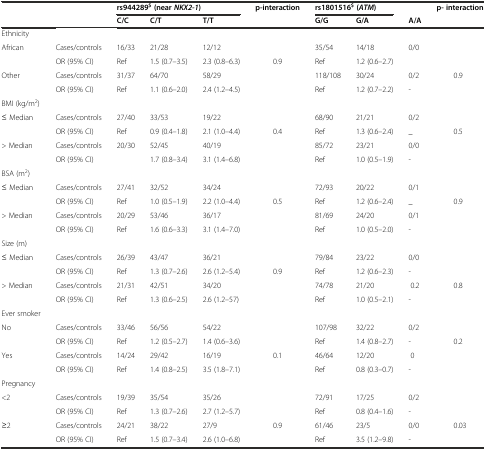
<table><thead><tr><td rowspan="2">[EMPTY_CELL]</td><td rowspan="2">[EMPTY_CELL]</td><td colspan="3"><b>rs944289<sup>$</sup>(near<i>NKX2-1</i>)</b></td><td><b>p-interaction</b></td><td colspan="2"><b>rs1801516<sup>$</sup>(<i>ATM</i>)</b></td><td>[EMPTY_CELL]</td><td><b>p- interaction</b></td></tr><tr><td><b>C/C</b></td><td><b>C/T</b></td><td><b>T/T</b></td><td>[EMPTY_CELL]</td><td><b>G/G</b></td><td><b>G/A</b></td><td><b>A/A</b></td><td>[EMPTY_CELL]</td></tr></thead><tbody><tr><td>Ethnicity</td><td>[EMPTY_CELL]</td><td>[EMPTY_CELL]</td><td>[EMPTY_CELL]</td><td>[EMPTY_CELL]</td><td>[EMPTY_CELL]</td><td>[EMPTY_CELL]</td><td>[EMPTY_CELL]</td><td>[EMPTY_CELL]</td><td>[EMPTY_CELL]</td></tr><tr><td>African</td><td>Cases/controls</td><td>16/33</td><td>21/28</td><td>12/12</td><td>[EMPTY_CELL]</td><td>35/54</td><td>14/18</td><td>0/0</td><td>[EMPTY_CELL]</td></tr><tr><td>[EMPTY_CELL]</td><td>OR (95% CI)</td><td>Ref</td><td>1.5 (0.7–3.5)</td><td>2.3 (0.8–6.3)</td><td>0.9</td><td>Ref</td><td>1.2 (0.6–2.7)</td><td>[EMPTY_CELL]</td><td>[EMPTY_CELL]</td></tr><tr><td>Other</td><td>Cases/controls</td><td>31/37</td><td>64/70</td><td>58/29</td><td>[EMPTY_CELL]</td><td>118/108</td><td>30/24</td><td>0/2</td><td>0.9</td></tr><tr><td>[EMPTY_CELL]</td><td>OR (95% CI)</td><td>Ref</td><td>1.1 (0.6–2.0)</td><td>2.4 (1.2–4.5)</td><td>[EMPTY_CELL]</td><td>Ref</td><td>1.2 (0.7–2.2)</td><td>-</td><td>[EMPTY_CELL]</td></tr><tr><td>BMI (kg/m<sup>2</sup>)</td><td>[EMPTY_CELL]</td><td>[EMPTY_CELL]</td><td>[EMPTY_CELL]</td><td>[EMPTY_CELL]</td><td>[EMPTY_CELL]</td><td>[EMPTY_CELL]</td><td>[EMPTY_CELL]</td><td>[EMPTY_CELL]</td><td>[EMPTY_CELL]</td></tr><tr><td>≤ Median</td><td>Cases/controls</td><td>27/40</td><td>33/53</td><td>19/22</td><td>[EMPTY_CELL]</td><td>68/90</td><td>21/21</td><td>0/2</td><td>[EMPTY_CELL]</td></tr><tr><td>[EMPTY_CELL]</td><td>OR (95% CI)</td><td>Ref</td><td>0.9 (0.4–1.8)</td><td>2.1 (1.0–4.4)</td><td>0.4</td><td>Ref</td><td>1.3 (0.6–2.4)</td><td>_</td><td>0.5</td></tr><tr><td>&gt; Median</td><td>Cases/controls</td><td>20/30</td><td>52/45</td><td>40/19</td><td>[EMPTY_CELL]</td><td>85/72</td><td>23/21</td><td>0/0</td><td>[EMPTY_CELL]</td></tr><tr><td>[EMPTY_CELL]</td><td>OR (95% CI)</td><td>[EMPTY_CELL]</td><td>1.7 (0.8–3.4)</td><td>3.1 (1.4–6.8)</td><td>[EMPTY_CELL]</td><td>Ref</td><td>1.0 (0.5–1.9)</td><td>-</td><td>[EMPTY_CELL]</td></tr><tr><td>BSA (m<sup>2</sup>)</td><td>[EMPTY_CELL]</td><td>[EMPTY_CELL]</td><td>[EMPTY_CELL]</td><td>[EMPTY_CELL]</td><td>[EMPTY_CELL]</td><td>[EMPTY_CELL]</td><td>[EMPTY_CELL]</td><td>[EMPTY_CELL]</td><td>[EMPTY_CELL]</td></tr><tr><td>≤ Median</td><td>Cases/controls</td><td>27/41</td><td>32/52</td><td>34/24</td><td>[EMPTY_CELL]</td><td>72/93</td><td>20/22</td><td>0/1</td><td>[EMPTY_CELL]</td></tr><tr><td>[EMPTY_CELL]</td><td>OR (95% CI)</td><td>Ref</td><td>1.0 (0.5–1.9)</td><td>2.2 (1.0–4.4)</td><td>0.5</td><td>Ref</td><td>1.2 (0.6–2.4)</td><td>_</td><td>0.9</td></tr><tr><td>&gt; Median</td><td>Cases/controls</td><td>20/29</td><td>53/46</td><td>36/17</td><td>[EMPTY_CELL]</td><td>81/69</td><td>24/20</td><td>0/1</td><td>[EMPTY_CELL]</td></tr><tr><td>[EMPTY_CELL]</td><td>OR (95% CI)</td><td>Ref</td><td>1.6 (0.6–3.3)</td><td>3.1 (1.4–7.0)</td><td>[EMPTY_CELL]</td><td>Ref</td><td>1.0 (0.5–2.0)</td><td>-</td><td>[EMPTY_CELL]</td></tr><tr><td>Size (m)</td><td>[EMPTY_CELL]</td><td>[EMPTY_CELL]</td><td>[EMPTY_CELL]</td><td>[EMPTY_CELL]</td><td>[EMPTY_CELL]</td><td>[EMPTY_CELL]</td><td>[EMPTY_CELL]</td><td>[EMPTY_CELL]</td><td>[EMPTY_CELL]</td></tr><tr><td>≤ Median</td><td>Cases/controls</td><td>26/39</td><td>43/47</td><td>36/21</td><td>[EMPTY_CELL]</td><td>79/84</td><td>23/22</td><td>0/0</td><td>[EMPTY_CELL]</td></tr><tr><td>[EMPTY_CELL]</td><td>OR (95% CI)</td><td>Ref</td><td>1.3 (0.7–2.6)</td><td>2.6 (1.2–5.4)</td><td>0.9</td><td>Ref</td><td>1.2 (0.6–2.3)</td><td>-</td><td>[EMPTY_CELL]</td></tr><tr><td>&gt; Median</td><td>Cases/controls</td><td>21/31</td><td>42/51</td><td>34/20</td><td>[EMPTY_CELL]</td><td>74/78</td><td>21/20</td><td>0.2</td><td>0.8</td></tr><tr><td>[EMPTY_CELL]</td><td>OR (95% CI)</td><td>Ref</td><td>1.3 (0.6–2.5)</td><td>2.6 (1.2–57)</td><td>[EMPTY_CELL]</td><td>Ref</td><td>1.0 (0.5–2.1)</td><td>-</td><td>[EMPTY_CELL]</td></tr><tr><td>Ever smoker</td><td>[EMPTY_CELL]</td><td>[EMPTY_CELL]</td><td>[EMPTY_CELL]</td><td>[EMPTY_CELL]</td><td>[EMPTY_CELL]</td><td>[EMPTY_CELL]</td><td>[EMPTY_CELL]</td><td>[EMPTY_CELL]</td><td>[EMPTY_CELL]</td></tr><tr><td>No</td><td>Cases/controls</td><td>33/46</td><td>56/56</td><td>54/22</td><td>[EMPTY_CELL]</td><td>107/98</td><td>32/22</td><td>0/2</td><td>[EMPTY_CELL]</td></tr><tr><td>[EMPTY_CELL]</td><td>OR (95% CI)</td><td>Ref</td><td>1.2 (0.5–2.7)</td><td>1.4 (0.6–3.6)</td><td>[EMPTY_CELL]</td><td>Ref</td><td>1.4 (0.8–2.7)</td><td>-</td><td>0.2</td></tr><tr><td>Yes</td><td>Cases/controls</td><td>14/24</td><td>29/42</td><td>16/19</td><td>0.1</td><td>46/64</td><td>12/20</td><td>0</td><td>[EMPTY_CELL]</td></tr><tr><td>[EMPTY_CELL]</td><td>OR (95% CI)</td><td>Ref</td><td>1.4 (0.8–2.5)</td><td>3.5 (1.8–7.1)</td><td>[EMPTY_CELL]</td><td>Ref</td><td>0.8 (0.3–0.7)</td><td>-</td><td>[EMPTY_CELL]</td></tr><tr><td>Pregnancy</td><td>[EMPTY_CELL]</td><td>[EMPTY_CELL]</td><td>[EMPTY_CELL]</td><td>[EMPTY_CELL]</td><td>[EMPTY_CELL]</td><td>[EMPTY_CELL]</td><td>[EMPTY_CELL]</td><td>[EMPTY_CELL]</td><td>[EMPTY_CELL]</td></tr><tr><td>&lt;2</td><td>Cases/controls</td><td>19/39</td><td>35/54</td><td>35/26</td><td>[EMPTY_CELL]</td><td>72/91</td><td>17/25</td><td>0/2</td><td>[EMPTY_CELL]</td></tr><tr><td>[EMPTY_CELL]</td><td>OR (95% CI)</td><td>Ref</td><td>1.3 (0.7–2.6)</td><td>2.7 (1.2–5.7)</td><td>[EMPTY_CELL]</td><td>Ref</td><td>0.8 (0.4–1.6)</td><td>-</td><td>[EMPTY_CELL]</td></tr><tr><td>≥2</td><td>Cases/controls</td><td>24/21</td><td>38/22</td><td>27/9</td><td>0.9</td><td>61/46</td><td>23/5</td><td>0/0</td><td>0.03</td></tr><tr><td>[EMPTY_CELL]</td><td>OR (95% CI)</td><td>Ref</td><td>1.5 (0.7–3.4)</td><td>2.6 (1.0–6.8)</td><td>[EMPTY_CELL]</td><td>Ref</td><td>3.5 (1.2–9.8)</td><td>-</td><td>[EMPTY_CELL]</td></tr></tbody></table>